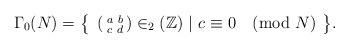
LaTeX: \begin{align*}\Gamma_{0}(N) & = \bigl\{~\left(\begin{smallmatrix} a & b \\ c & d \end{smallmatrix}\right)\in_{2}(\mathbb{Z})~ | ~ c\equiv 0 \pmod{N} ~\bigr\}.\end{align*}